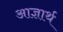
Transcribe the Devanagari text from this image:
आज्ञार्थ